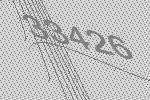
33426